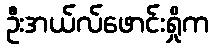
ဦးအယ်လ်ဖောင်းရှိုက